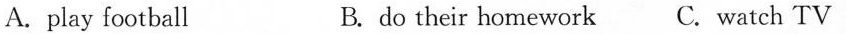
A.play football B.do their homework C.watch TV